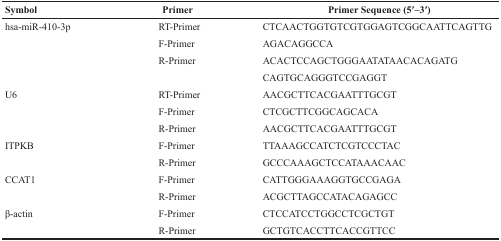
| Symbol | Primer | Primer Sequence (5′–3′) |
 | --- | --- | --- |
 | hsa-miR-410-3p | RT-Primer | CTCAACTGGTGTCGTGGAGTCGGCAATTCAGTTG |
 |  | F-Primer | AGACAGGCCA |
 |  | R-Primer | ACACTCCAGCTGGGAATATAACACAGATG |
 |  |  | CAGTGCAGGGTCCGAGGT |
 | U6 | RT-Primer | AACGCTTCACGAATTTGCGT |
 |  | F-Primer | CTCGCTTCGGCAGCACA |
 |  | R-Primer | AACGCTTCACGAATTTGCGT |
 | ITPKB | F-Primer | TTAAAGCCATCTCGTCCCTAC |
 |  | R-Primer | GCCCAAAGCTCCATAAACAAC |
 | CCAT1 | F-Primer | CATTGGGAAAGGTGCCGAGA |
 |  | R-Primer | ACGCTTAGCCATACAGAGCC |
 | β-actin | F-Primer | CTCCATCCTGGCCTCGCTGT |
 |  | R-Primer | GCTGTCACCTTCACCGTTCC |